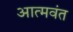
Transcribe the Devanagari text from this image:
आत्मवंत